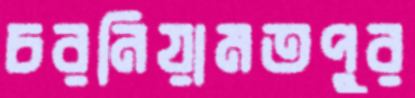
চরনিয়ামতপুর